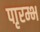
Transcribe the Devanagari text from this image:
पाृरम्भ